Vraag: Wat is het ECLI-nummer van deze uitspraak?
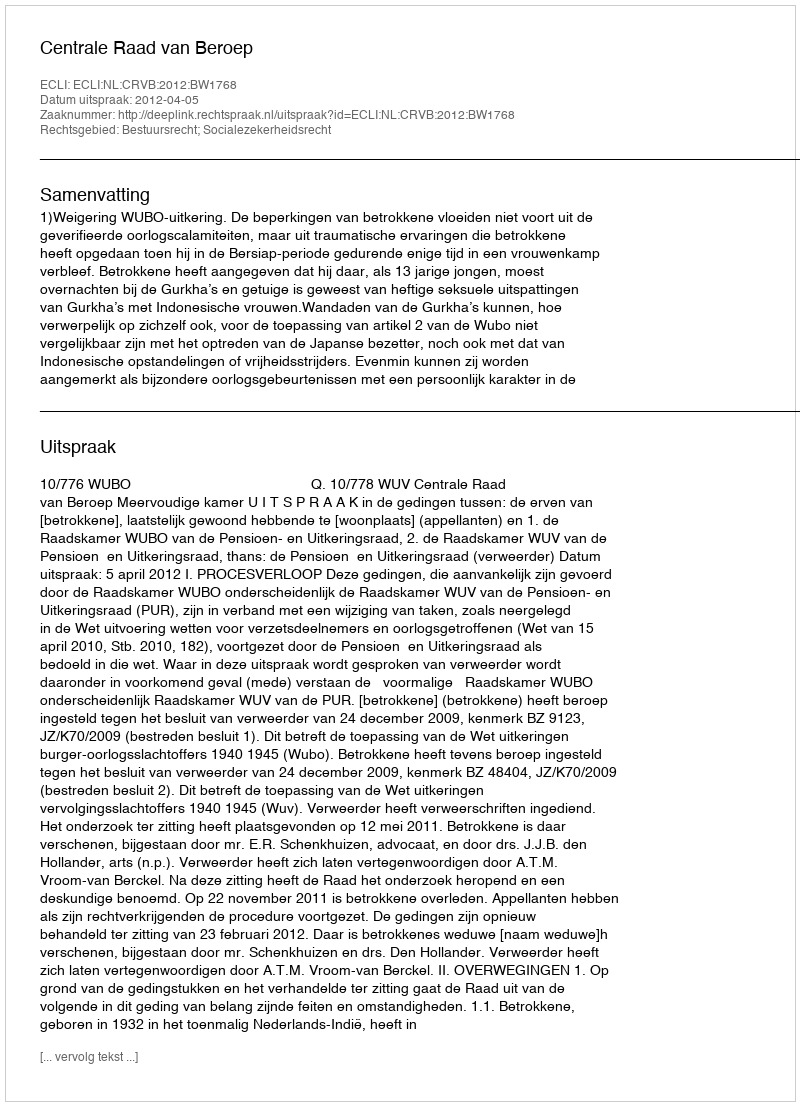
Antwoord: ECLI:NL:CRVB:2012:BW1768